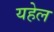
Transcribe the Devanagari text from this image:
यहेल